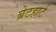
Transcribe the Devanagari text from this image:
ब्रेटहार्ट